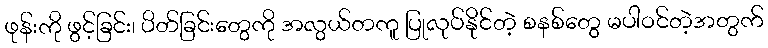
ဖုန်းကို ဖွင့်ခြင်း၊ ပိတ်ခြင်းတွေကို အလွယ်တကူ ပြုလုပ်နိုင်တဲ့ စနစ်တွေ မပါဝင်တဲ့အတွက်